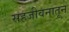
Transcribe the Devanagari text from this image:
सहजीवनातून